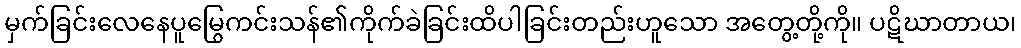
မှက်ခြင်းလေနေပူမြွေကင်းသန်၏ကိုက်ခဲခြင်းထိပါခြင်းတည်းဟူသော အတွေ့တို့ကို။ ပဋိဃာတာယ၊